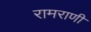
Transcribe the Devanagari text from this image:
रामराणी